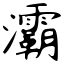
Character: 灞